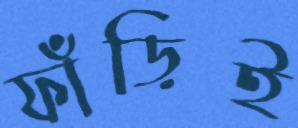
ফাঁড়িই